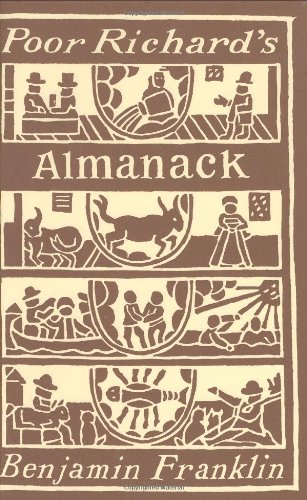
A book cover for Poor Richard's Almanack; Benjamin Franklin; Reference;